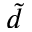
\tilde { d }